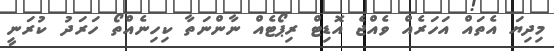
މިދިޔަ އެތައް އަހަރެއް ވެއްޖެ އޮޑިޓް ރިޕޯޓެއް ނާންނަތާ ކިހިނެއްތޯ ހަރަދު ކުރަނީ